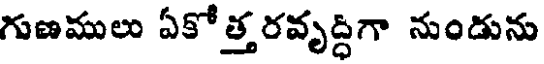
గుణములు ఏకో త్త రవృద్ధిగా నుండును